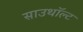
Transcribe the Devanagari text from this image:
साउथॉल्ट